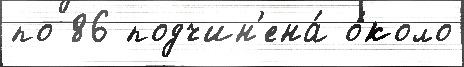
по 86 подчин'ена́ о́коло